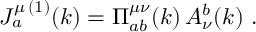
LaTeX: J _ { a } ^ { \mu \, ( 1 ) } ( k ) = \Pi _ { a b } ^ { \mu \nu } ( k ) \, A _ { \nu } ^ { b } ( k ) \ .